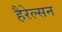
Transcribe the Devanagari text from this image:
हैरेल्सन